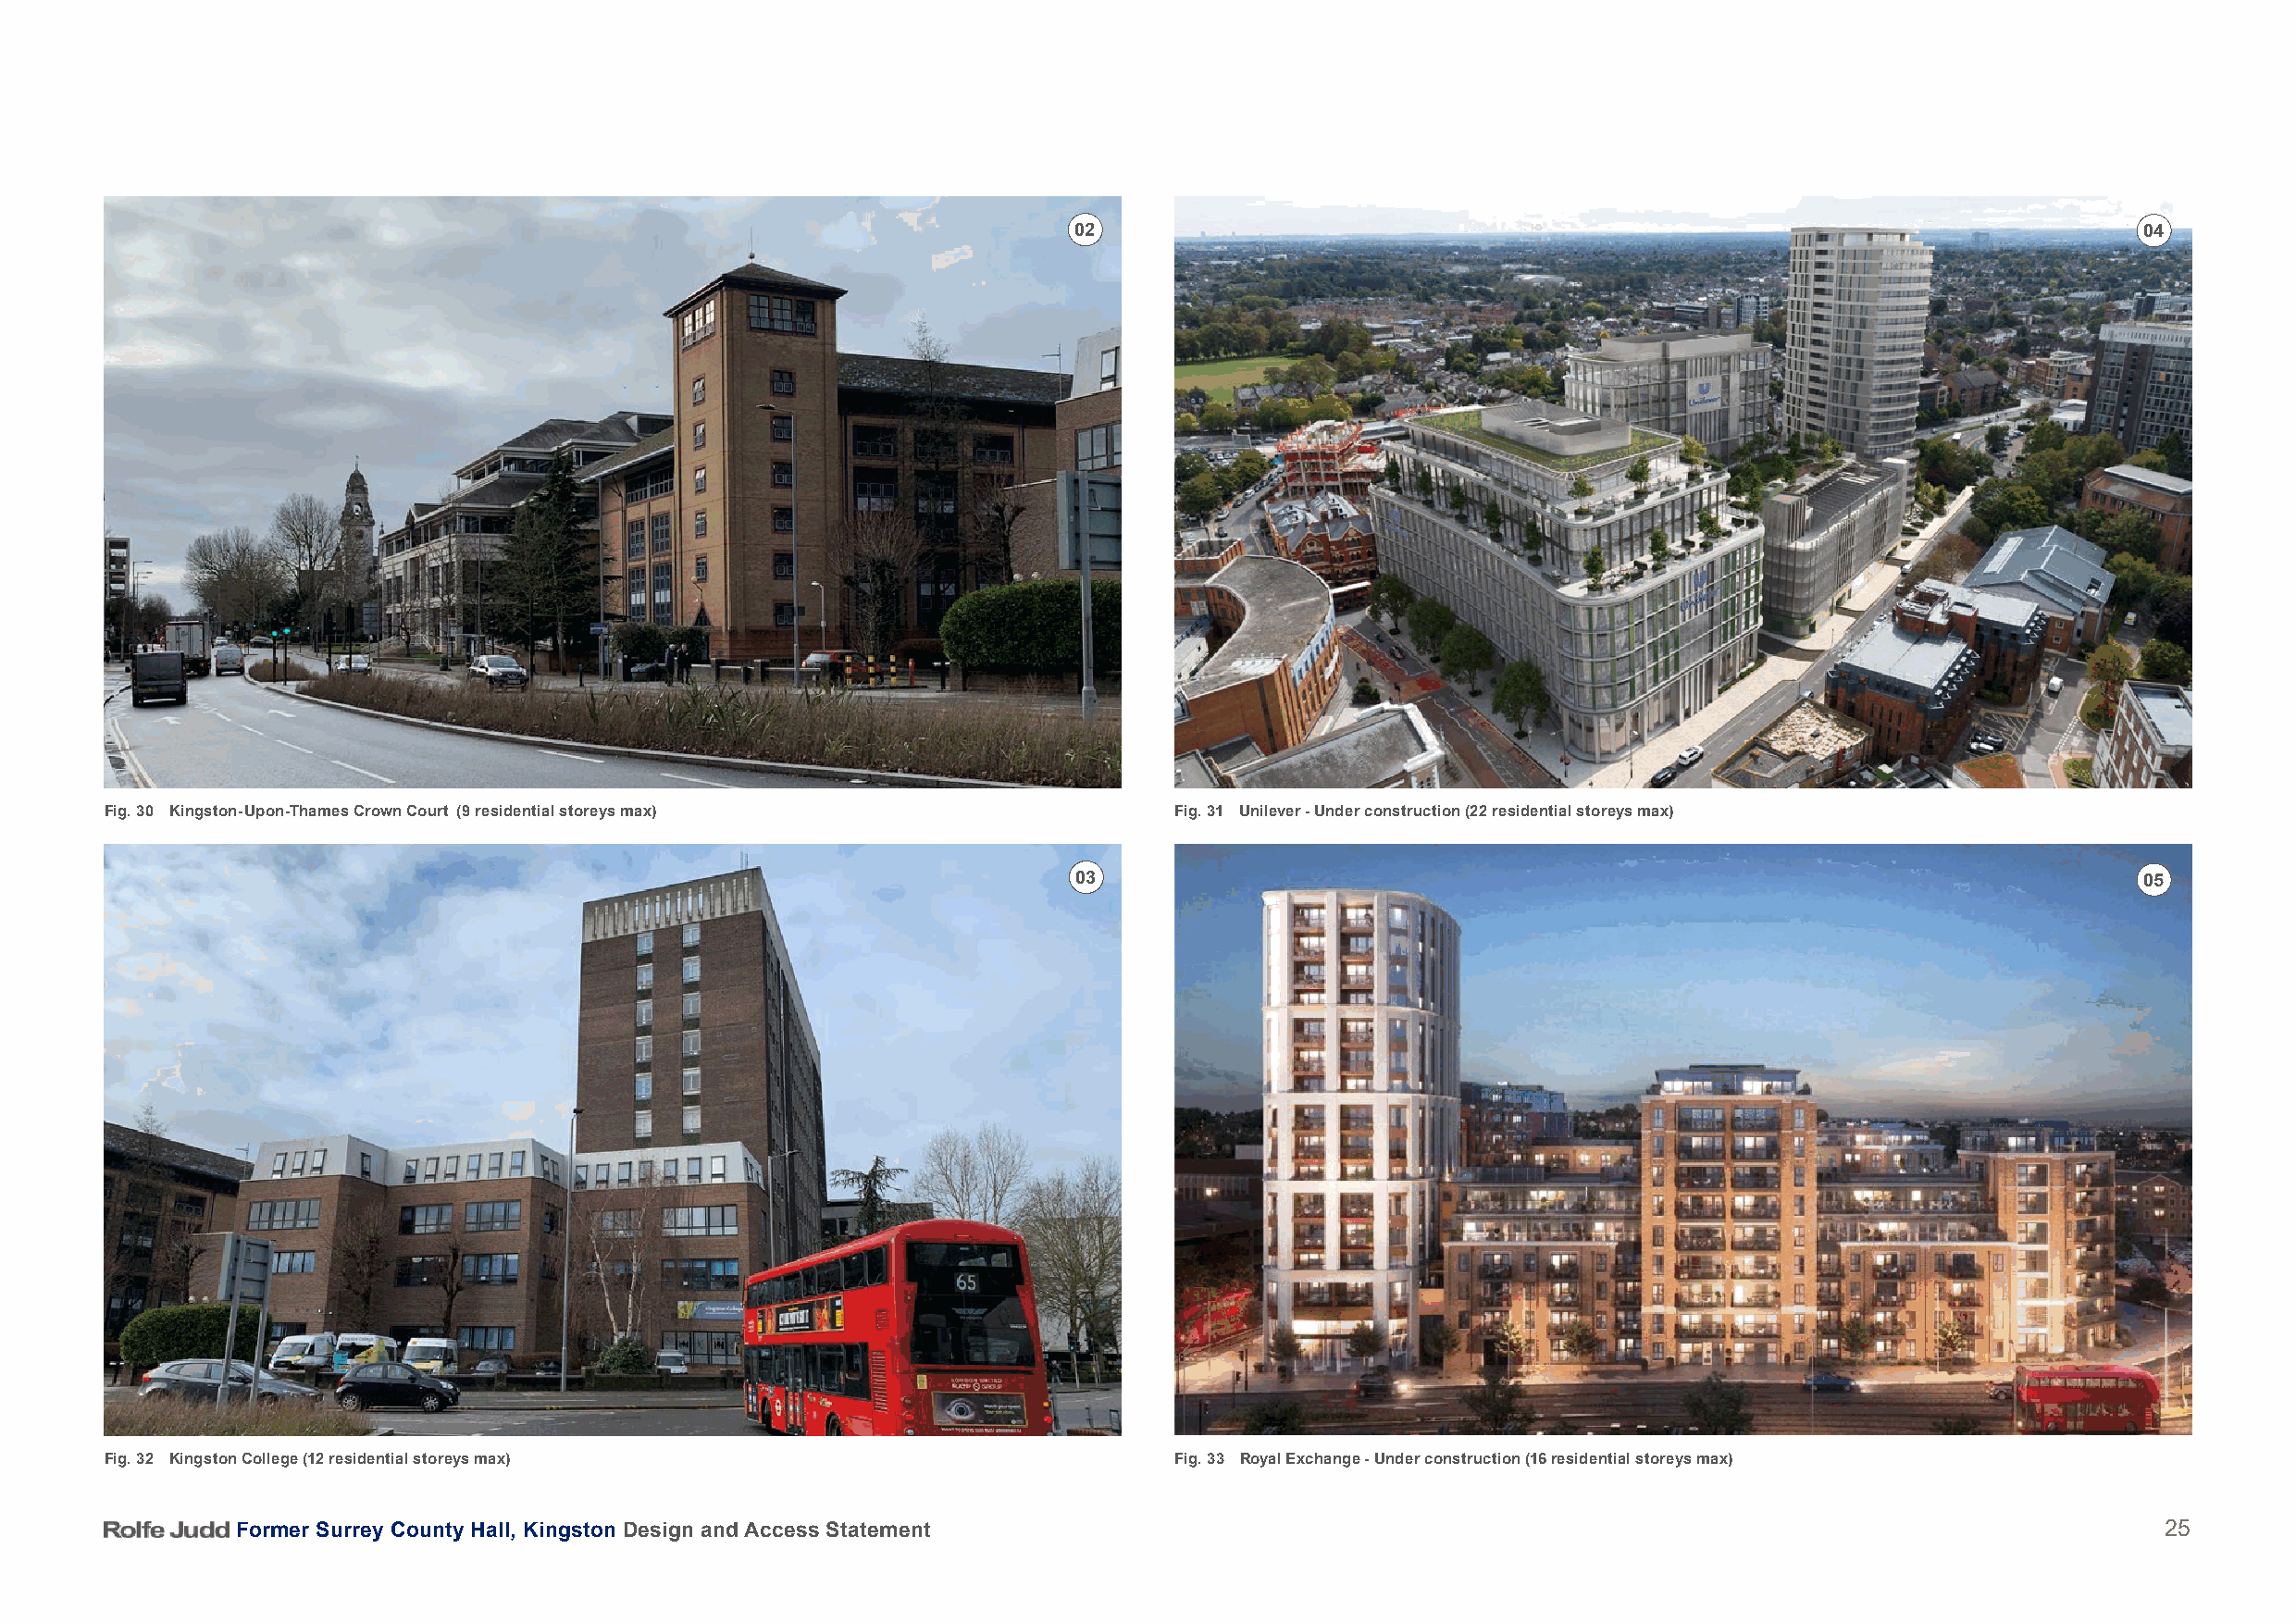
02                                                                          04
 Fig. 30 Kingston-Upon-Thames Crown Court (9 residential storeys max)         Fig. 31 Unilever - Under construction (22 residential storeys max)
 03                                                                          05
 Fig. 32 Kingston College (12 residential storeys max)                        Fig. 33 Royal Exchange - Under construction (16 residential storeys max)
 Former Surrey County Hall, Kingston Design and Access Statement                                                                           25